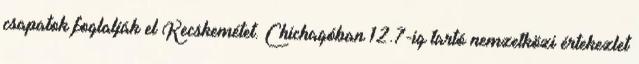
csapatok foglalják el Kecskemétet. Chichagóban 12.7-ig tartó nemzetközi értekezlet